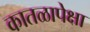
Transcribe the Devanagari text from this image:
कातळापेक्षा